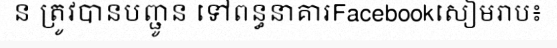
ន ត្រូវបានបញ្ជូន ទៅពន្ធនាគារFacebookសៀមរាប៖